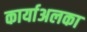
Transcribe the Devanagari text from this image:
कार्याअलका